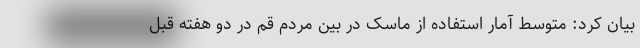
بیان کرد: متوسط آمار استفاده از ماسک در بین مردم قم در دو هفته قبل